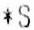
*S